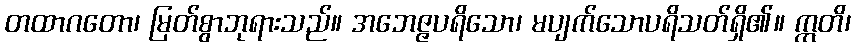
တထာဂတော၊ မြတ်စွာဘုရားသည်။ အဘေဇ္ဇပရိသော၊ မပျက်သောပရိသတ်ရှိ၏။ ဣတိ၊